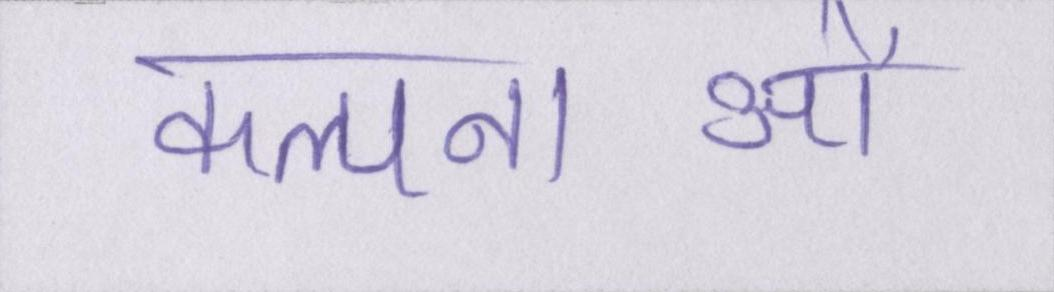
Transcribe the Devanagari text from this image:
कल्पनाओं